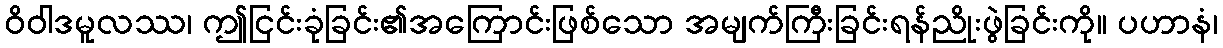
ဝိဝါဒမူလဿ၊ ဤငြင်းခုံခြင်း၏အကြောင်းဖြစ်သော အမျက်ကြီးခြင်းရန်ညိုးဖွဲခြင်းကို။ ပဟာနံ၊